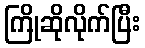
ကြိုဆိုလိုက်ပြီး